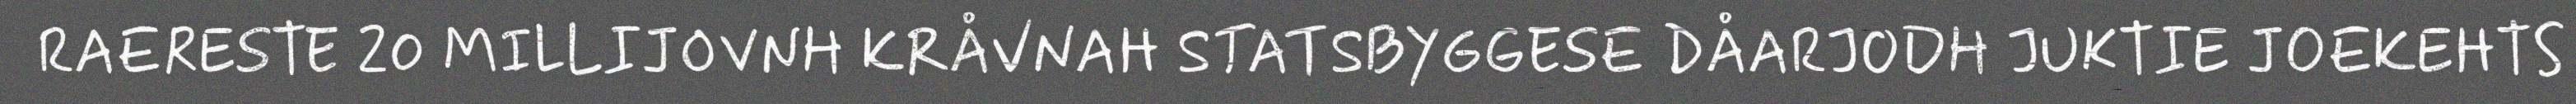
RAERESTE 20 MILLIJOVNH KRÅVNAH STATSBYGGESE DÅARJODH JUKTIE JOEKEHTS